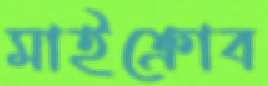
মাইক্রোব